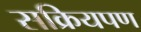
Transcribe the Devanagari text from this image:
सक्रियपण